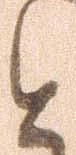
と